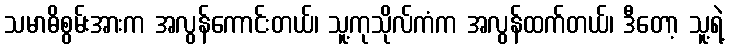
သမာဓိစွမ်းအားက အလွန်ကောင်းတယ်၊ သူ့ကုသိုလ်ကံက အလွန်ထက်တယ်၊ ဒီတော့ သူ့ရဲ့